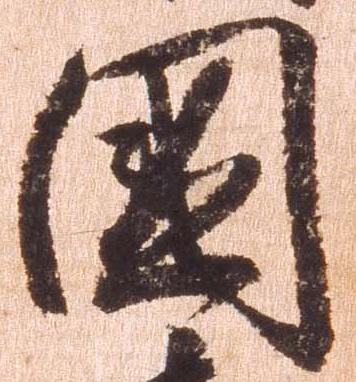
国